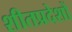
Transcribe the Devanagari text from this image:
शीतप्रदेशों